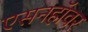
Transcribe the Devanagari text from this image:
एसनहॉवर